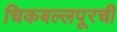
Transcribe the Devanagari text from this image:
चिकबल्लपूरची